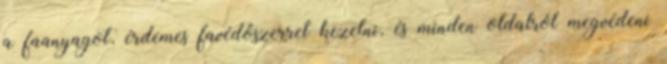
a faanyagot, érdemes favédőszerrel kezelni, és minden oldalról megvédeni